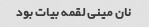
نان مینی لقمه بیات بود